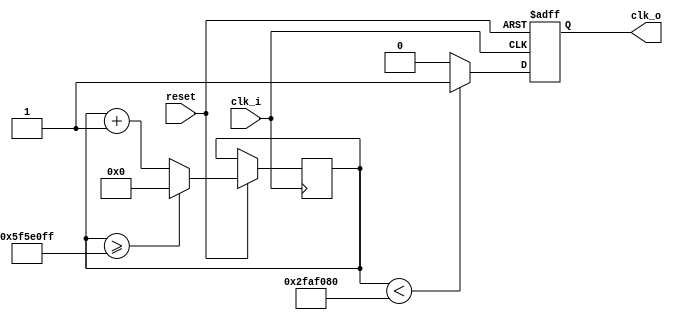
`timescale 1ns / 1ps
//////////////////////////////////////////////////////////////////////////////////
// Company: 
// Engineer: 
// 
// Design Name: 
// Module Name: clock_divider_1sec
// Project Name: 
// Target Devices: 
// Tool Versions: 
// Description: 
// 
// Dependencies: 
// 
// Revision:
// Revision 0.01 - File Created
// Additional Comments:
// 
//////////////////////////////////////////////////////////////////////////////////


module clock_divider_1sec(clk_i, reset, clk_o);

    input clk_i, reset;
    output reg clk_o;
    
    parameter DIV = 28'd100000000; // divide to 1 second
    reg[27:0]count = 28'd0;


    always @ (posedge clk_i or negedge reset) begin
        if (!reset)
            clk_o <= 0;
        else begin
            count <= count + 28'd1;
            if (count >= (DIV-1))
                count <= 28'd0;
            clk_o <= (count<DIV/2)?1'b1:1'b0;
        end
    end //always    

endmodule